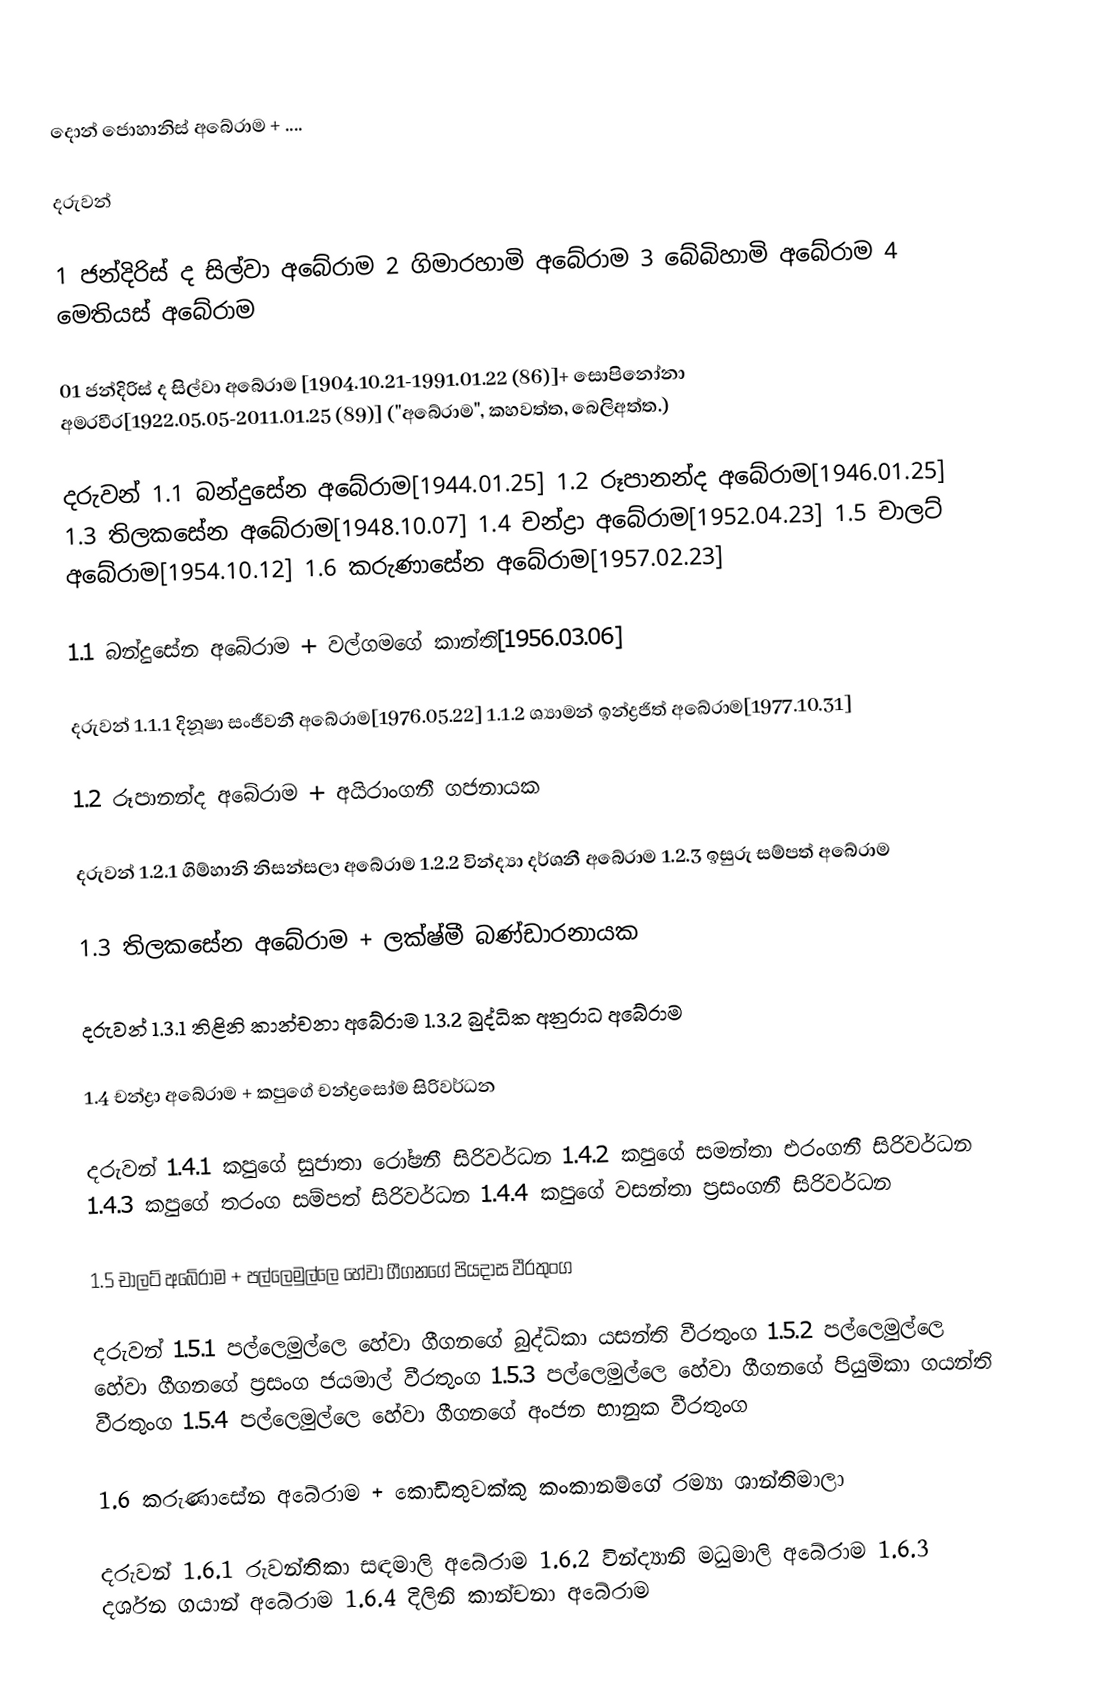
දොන් ජොහානිස් අබේරාම + ....

දරුවන්

1 ජන්දිරිස් ද සිල්වා අබේරාම  2 ගිමාරහාමි අබේරාම 3 බේබිහාමි අබේරාම 4 මෙතියස් අබේරාම

01 ජන්දිරිස් ද සිල්වා අබේරාම [1904.10.21-1991.01.22 (86)]+ සොපිනෝනා අමරවීර[1922.05.05-2011.01.25 (89)] ("අබේරාම", කහවත්ත, බෙලිඅත්ත.)

දරුවන් 1.1 බන්දුසේන අබේරාම[1944.01.25] 1.2 රූපානන්ද අබේරාම[1946.01.25] 1.3 තිලකසේන අබේරාම[1948.10.07] 1.4 චන්ද්‍රා අබේරාම[1952.04.23] 1.5 චාලට් අබේරාම[1954.10.12] 1.6 කරුණාසේන අබේරාම[1957.02.23]

1.1 බන්දුසේන අබේරාම + වල්ගමගේ කාන්ති[1956.03.06]

දරුවන් 1.1.1 දිනූෂා සංජීවනී අබේරාම[1976.05.22] 1.1.2 ශ්‍යාමන් ඉන්ද්‍රජිත් අබේරාම[1977.10.31]

1.2 රූපානන්ද අබේරාම + අයිරාංගනී ගජනායක

දරුවන් 1.2.1 ගිම්හානි නිසන්සලා අබේරාම 1.2.2 වින්ද්‍යා දර්ශනී අබේරාම 1.2.3 ඉසුරු සම්පත් අබේරාම

1.3 තිලකසේන අබේරාම + ලක්ෂ්මී බණ්ඩාරනායක

දරුවන් 1.3.1 තිළිනි කාන්චනා අබේරාම 1.3.2 බුද්ධික අනුරාධ අබේරාම

1.4 චන්ද්‍රා අබේරාම + කපුගේ චන්ද්‍රසෝම සිරිවර්ධන

දරුවන් 1.4.1 කපුගේ සුජාතා රෝෂනී සිරිවර්ධන 1.4.2 කපුගේ සමන්තා එරංගනී සිරිවර්ධන 1.4.3 කපුගේ තරංග සම්පත් සිරිවර්ධන 1.4.4 කපුගේ වසන්තා ප්‍රසංගනී සිරිවර්ධන

1.5 චාලට් අබේරාම + පල්ලෙමුල්ලෙ හේවා ගීගනගේ පියදාස වීරතුංග

දරුවන් 1.5.1 පල්ලෙමුල්ලෙ හේවා ගීගනගේ බුද්ධිකා යසන්ති වීරතුංග 1.5.2 පල්ලෙමුල්ලෙ හේවා ගීගනගේ ප්‍රසංග ජයමාල් වීරතුංග 1.5.3 පල්ලෙමුල්ලෙ හේවා ගීගනගේ පියුමිකා ගයන්ති වීරතුංග 1.5.4 පල්ලෙමුල්ලෙ හේවා ගීගනගේ අංජන භානුක වීරතුංග

1.6 කරුණාසේන අබේරාම + කොඩිතුවක්කු කංකානම්ගේ රම්‍යා ශාන්තිමාලා

දරුවන් 1.6.1 රුවන්තිකා සඳමාලි අබේරාම 1.6.2 වින්ද්‍යානි මධුමාලි අබේරාම 1.6.3 දර්ශන ගයාන් අබේරාම 1.6.4 දිලිනි කාන්චනා අබේරාම